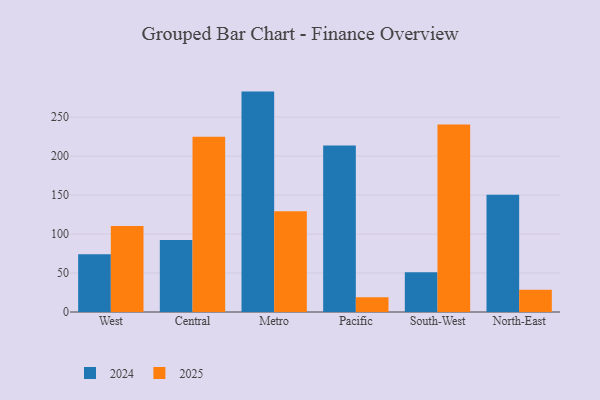
{"axis": {"x": "Region", "y": "Revenue (USD Million)"}, "legend": ["2024", "2025"], "data": [{"x": "West", "y": 74.0, "type": "2024"}, {"x": "West", "y": 110.5, "type": "2025"}, {"x": "Central", "y": 92.5, "type": "2024"}, {"x": "Central", "y": 224.9, "type": "2025"}, {"x": "Metro", "y": 282.8, "type": "2024"}, {"x": "Metro", "y": 129.4, "type": "2025"}, {"x": "Pacific", "y": 213.7, "type": "2024"}, {"x": "Pacific", "y": 18.9, "type": "2025"}, {"x": "South-West", "y": 51.0, "type": "2024"}, {"x": "South-West", "y": 240.7, "type": "2025"}, {"x": "North-East", "y": 150.4, "type": "2024"}, {"x": "North-East", "y": 28.5, "type": "2025"}]}